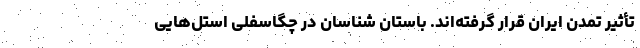
تأثیر تمدن ایران قرار گرفته‌اند. باستان شناسان در چگاسفلی استل‌هایی